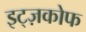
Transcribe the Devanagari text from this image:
इट्ज़कोफ